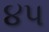
૪પ